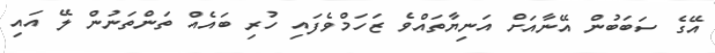
އޭގެ ސަބަބުން އޭނާއަށް އަނިޔާތައްވެ ޒަހަމްވެފައި ހުރި ބައެއް ތަންތަނުން ލޭ އައި